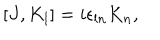
LaTeX: [ J , K _ { l } ] = i \epsilon _ { l n } K _ { n } ,